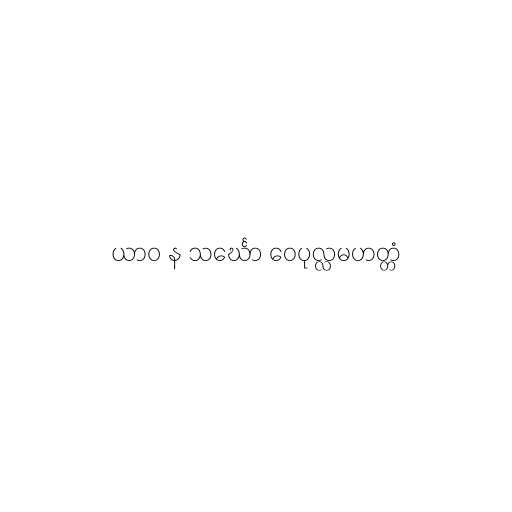
ယာဝ န သင်္ဃော ဝေပုလ္လမဟတ္တံ